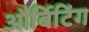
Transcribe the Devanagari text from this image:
और्बिटिंग